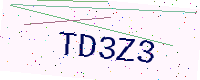
Text: TD3Z3